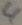
Text: 4